Vaccine operations Central Provinces 1868-1885 - 1868-1885
Year: 1868
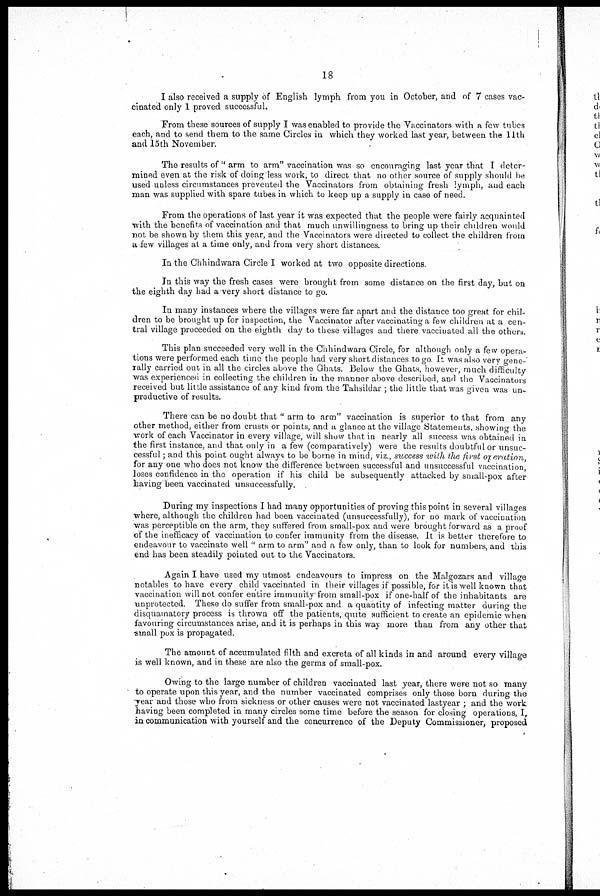
18
I also received a supply of English lymph from you in October, and of 7 cases vac-
cinated only 1 proved successful.
From these sources of supply I was enabled to provide the Vaccinators with a few tubes
each, and to send them to the same Circles in which they worked last year, between the 11th
and 15th November.
The results of " arm to arm" vaccination was so encouraging last year that I deter-
mined even at the risk of doing less work, to direct that no other source of supply should be
used unless circumstances prevented the Vaccinators from obtaining fresh lymph, and each
man was supplied with spare tubes in which to keep up a supply in case of need.
From the operations of last year it was expected that the people were fairly acquainted
with the benefits of vaccination and that much unwillingness to bring up their children would
not be shown by them this year, and the Vaccinators were directed to collect the children from
a few villages at a time only, and from very short distances.
In the Chhindwara Circle I worked at two opposite directions.
In this way the fresh cases were brought from some distance on the first day, but on
the eighth day had a very short distance to go.
In many instances where the villages were far apart and the distance too great for chil-
dren to be brought up for inspection, the Vaccinator after vaccinating a few children at a cen-
tral village proceeded on the eighth day to these villages and there vaccinated all the others.
This plan succeeded very well in the Chhindwara Circle, for although only a few opera-
tions were performed each time the people had very short distances to go. It was also very gene-
rally carried out in all the circles above the Ghats. Below the Ghats, however, much difficulty
was experienced in collecting the children in the manner above described, and the Vaccinators
received but little assistance of any kind from the Tahsildar ; the little that was given was un-
productive of results.
There can be no doubt that " arm to arm" vaccination is superior to that from any
other method, either from crusts or points, and a glance at the village Statements, showing the
work of each Vaccinator in every village, will show that in nearly all success was obtained in
the first instance, and that only in a few (comparatively) were the results doubtful or unsuc-
cessful ; and this point ought always to be borne in mind, viz, success with the first operation,
for any one who does not know the difference between successful and unsuccessful vaccination,
loses confidence in the operation if his child be subsequently attacked by small-pox after
having been vaccinated unsuccessfully.
During my inspections I had many opportunities of proving this point in several villages
where, although the children had been vaccinated (unsuccessfully), for no mark of vaccination
was perceptible on the arm, they suffered from small-pox and were brought forward as a proof
of the inefficacy of vaccination to confer immunity from the disease. It is better therefore to
endeavour to vaccinate well " arm to arm" and a few only, than to look for numbers, and this
end has been steadily pointed out to the Vaccinators.
Again I have used my utmost endeavours to impress on the Malgozars and village
notables to have every child vaccinated in their villages if possible, for it is well known that
vaccination will not confer entire immunity from small-pox if one-half of the inhabitants are
unprotected. These do suffer from small-pox and a quantity of infecting matter during the
disquamatory process is thrown off the patients, quite sufficient to create an epidemic when
favouring circumstances arise, and it is perhaps in this way more than from any other that
small pox is propagated.
The amount of accumulated filth and excreta of all kinds in and around every village
is well known, and in these are also the germs of small-pox.
Owing to the large number of children vaccinated last year, there were not so many
to operate upon this year, and the number vaccinated comprises only those born during the
year and those who from sickness or other causes were not vaccinated lastyear ; and the work
having been completed in many circles some time before the season for closing operations, I,
in communication with yourself and the concurrence of the Deputy Commissioner, proposed